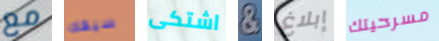
مع سيفك اشتكى & إبلاغ مسرحيتك